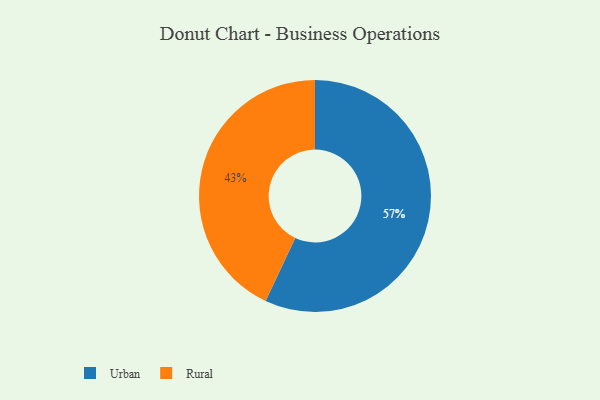
{"axis": {"x": "Category", "y": "Percentage"}, "legend": ["Rural", "Urban"], "data": [{"x": "Urban", "y": 57, "type": "Urban"}, {"x": "Rural", "y": 43, "type": "Rural"}]}